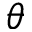
\theta